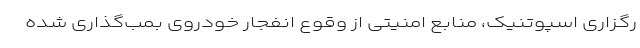
رگزاری اسپوتنیک، منابع امنیتی از وقوع انفجار خودروی بمب‌گذاری شده